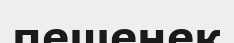
пешенек